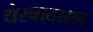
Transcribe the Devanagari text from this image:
थेरवादाला